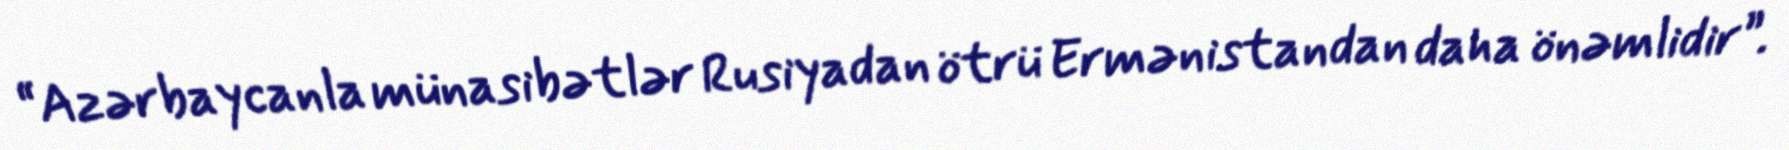
“Azərbaycanla münasibətlər Rusiyadan ötrü Ermənistandan daha önəmlidir”.